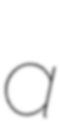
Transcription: a